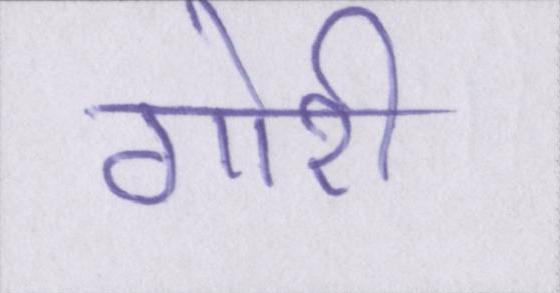
गोरी